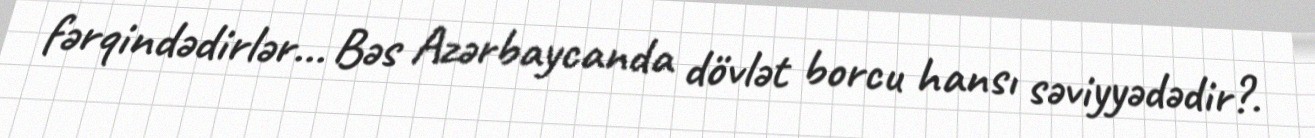
fərqindədirlər... Bəs Azərbaycanda dövlət borcu hansı səviyyədədir?.